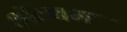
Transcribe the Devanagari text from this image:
अॅल्बम